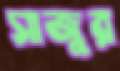
সাজুর